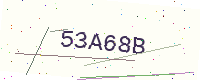
Text: 53A68B